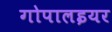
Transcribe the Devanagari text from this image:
गोपालइयर